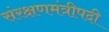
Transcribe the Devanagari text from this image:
संरक्षणमंत्रीपदी